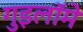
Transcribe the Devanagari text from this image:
गुइलॉमे